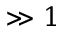
\gg 1